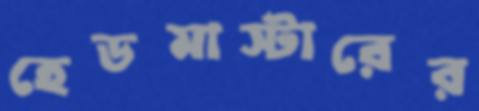
হেডমাস্টারের